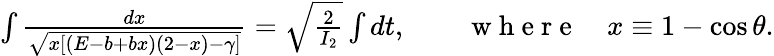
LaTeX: \begin{array}{r}{\int\frac{dx}{\sqrt{x[(E-b+bx)(2-x)-\gamma]}}=\sqrt{\frac{2}{I_{2}}}\int dt,\qquad\mathrm{~w~h~e~r~e~}\quad x\equiv 1-\cos\theta.}\end{array}